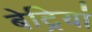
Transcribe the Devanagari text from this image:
बेट्रियां